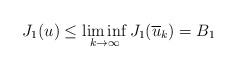
\begin{align*}J_{1}(u)\leq\liminf_{k\rightarrow\infty}J_{1}(\overline{u}_{k})=B_{1}\end{align*}